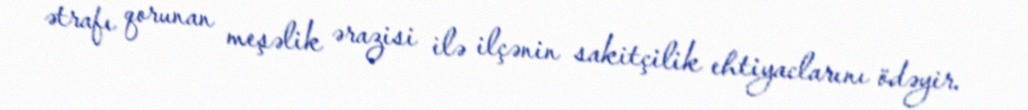
ətrafı qorunan meşəlik ərazisi ilə ilçənin sakitçilik ehtiyaclarını ödəyir.